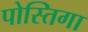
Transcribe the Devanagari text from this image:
पोस्तिगा